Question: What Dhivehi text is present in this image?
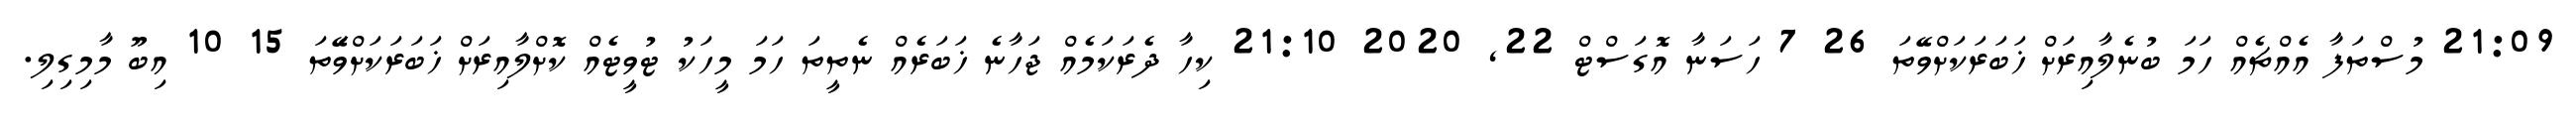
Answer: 21:09 މުސްތަފާ އެއްޗެއް ހަމަ ބުނެލާއިރަށް ޚަބަރަކަށްވޭތަ 26 7 ހަސަނާ އޮގަސްޓް 22, 2020 21:10 ކިހާ ދެރަކަމެއް ޖަހާނެ ޚަބަރެއް ނެތީތަ ހަމަ މީހަކު ޓުވީޓެއް ކޮށްލާއިރަށް ޚަބަރަކަށްވޭަތަ 15 10 އިބޫ މާމިގިލި.